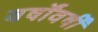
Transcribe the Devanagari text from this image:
वर्षोंवर्षीं